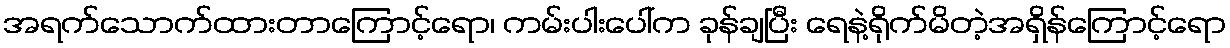
အရက်သောက်ထားတာကြောင့်ရော၊ ကမ်းပါးပေါ်က ခုန်ချပြီး ရေနဲ့ရိုက်မိတဲ့အရှိန်ကြောင့်ရော